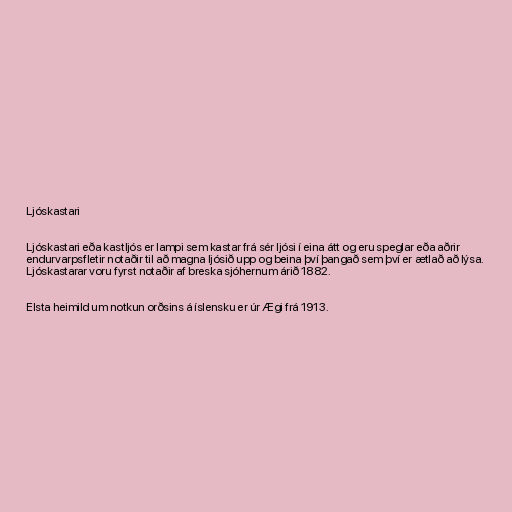
Ljóskastari

Ljóskastari eða kastljós er lampi sem kastar frá sér ljósi í eina átt og eru speglar eða aðrir
endurvarpsfletir notaðir til að magna ljósið upp og beina því þangað sem því er ætlað að lýsa.
Ljóskastarar voru fyrst notaðir af breska sjóhernum árið 1882.

Elsta heimild um notkun orðsins á íslensku er úr Ægi frá 1913.